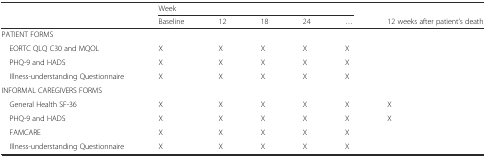
| <ROWSPAN=2>  | <COLSPAN=5> Week |  |
 | Baseline | 12 | 18 | 24 | ... | 12 weeks after patient’s death |
 | --- | --- | --- | --- | --- | --- | --- |
 | PATIENT FORMS |  |  |  |  |  |  |
 | EORTC QLQ C30 and MQOL | X | X | X | X | X |  |
 | PHQ-9 and HADS | X | X | X | X | X |  |
 | Illness-understanding Questionnaire | X | X | X | X | X |  |
 | INFORMAL CAREGIVERS FORMS |  |  |  |  |  |  |
 | General Health SF-36 | X | X | X | X | X | X |
 | PHQ-9 and HADS | X | X | X | X | X | X |
 | FAMCARE | X | X | X | X | X |  |
 | Illness-understanding Questionnaire | X | X | X | X | X |  |